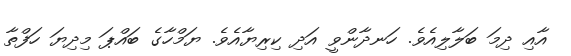
އާއި ދިމަ ބަލާލިއެވެ. ހަނދާންވީ އަދި ކިރިޔާއެވެ. ޔަމްހާގެ ބައްޕަ މިދިޔަ ހަފްތާ